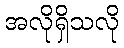
အလိုရှိသလို